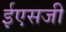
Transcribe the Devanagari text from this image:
ईएसजी